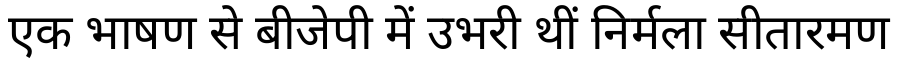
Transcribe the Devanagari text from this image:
एक भाषण से बीजेपी में उभरी थीं निर्मला सीतारमण